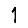
Digit: 1